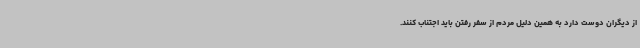
از دیگران دوست دارد به همین دلیل مردم از سفر رفتن باید اجتناب کنند.